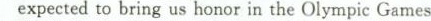
expected to bring us honor in the Olympic Games.